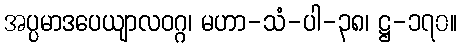
အပ္ပမာဒပေယျာလဝဂ္ဂ၊ မဟာ-သံ-ပါ-၃၈၊ ဋ္ဌ-၁၇၀။